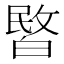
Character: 𭽞